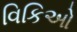
વિકિઓ